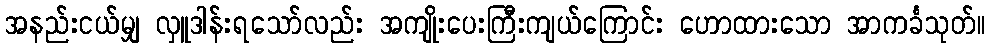
အနည်းငယ်မျှ လှူဒါန်းရသော်လည်း အကျိုးပေးကြီးကျယ်ကြောင်း ဟောထားသော အာကင်္ခသုတ်။